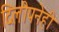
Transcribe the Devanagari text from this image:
दिलीपनेही